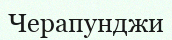
Черапунджи